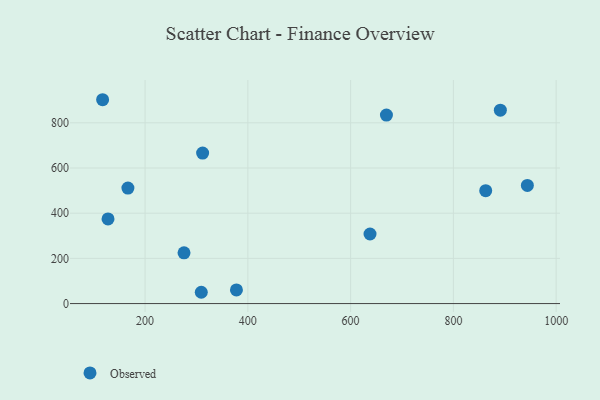
{"axis": {"x": "Ad Spend", "y": "Exam Score"}, "legend": ["Observed"], "data": [{"x": "117.4", "y": 902.1, "type": "Observed"}, {"x": "275.8", "y": 224.8, "type": "Observed"}, {"x": "377.8", "y": 60.4, "type": "Observed"}, {"x": "944.0", "y": 523.0, "type": "Observed"}, {"x": "891.4", "y": 855.8, "type": "Observed"}, {"x": "127.9", "y": 374.7, "type": "Observed"}, {"x": "669.7", "y": 834.2, "type": "Observed"}, {"x": "862.9", "y": 499.4, "type": "Observed"}, {"x": "312.0", "y": 665.9, "type": "Observed"}, {"x": "637.8", "y": 307.9, "type": "Observed"}, {"x": "309.4", "y": 50.0, "type": "Observed"}, {"x": "166.6", "y": 511.3, "type": "Observed"}]}